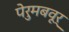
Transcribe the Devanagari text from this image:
पेरुमबवूर्